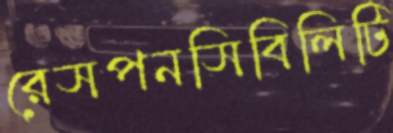
রেসপনসিবিলিটি